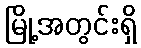
မြို့အတွင်းရှိ